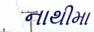
નાથીમા